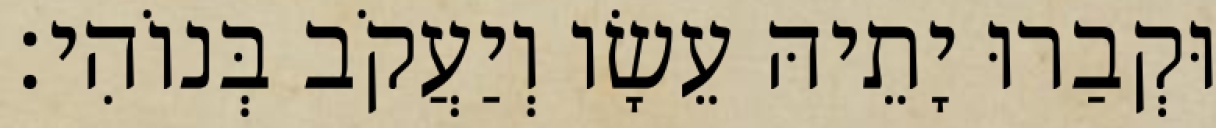
וּקְבַרוּ יָתֵיהּ עֵשָׂו וְיַעֲקֹב בְּנוֹהִי׃